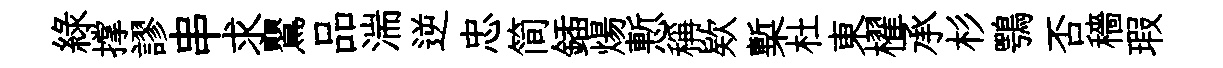
緑撑謬串求鸎品湍逆忠简鍤煬慙稱欵槧杜東櫂承杉鶚否穡瑕